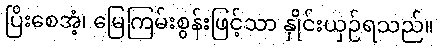
ပြိးစေအံ့၊ မြေကြမ်းစွန်းဖြင့်သာ နှိုင်းယှဉ်ရသည်။